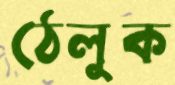
ঠেলুক